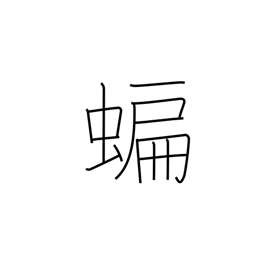
Meaning: bat